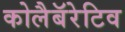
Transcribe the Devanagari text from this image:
कोलैबॅरेटिव